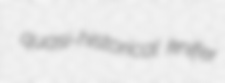
quasi-historical knifer